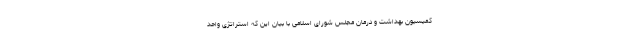
کمیسیون بهداشت و درمان مجلس شورای اسلامی با بیان این که استراتژی واحد